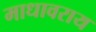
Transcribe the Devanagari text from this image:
माधावराय